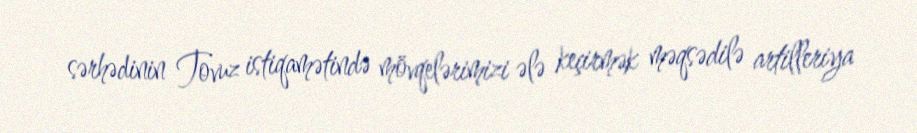
sərhədinin Tovuz istiqamətində mövqelərimizi ələ keçirmək məqsədilə artilleriya